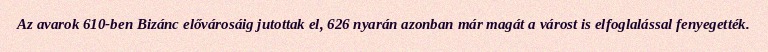
Az avarok 610-ben Bizánc elővárosáig jutottak el, 626 nyarán azonban már magát a várost is elfoglalással fenyegették.